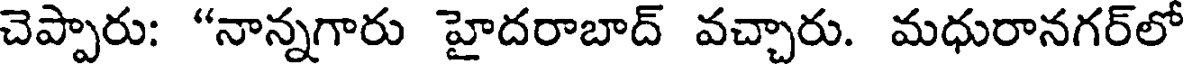
చెప్పారు: "నాన్నగారు హైదరాబాద్ వచ్చారు. మధురానగర్లో